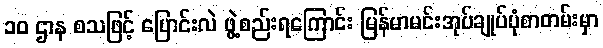
၁၀ ဌာန စသဖြင့် ပြောင်းလဲ ဖွဲ့စည်းရကြောင်း မြန်မာမင်းအုပ်ချုပ်ပုံစာတမ်းမှာ